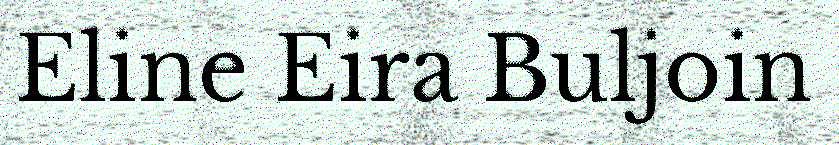
Eline Eira Buljoin